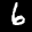
Label: 6